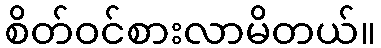
စိတ်ဝင်စားလာမိတယ်။